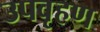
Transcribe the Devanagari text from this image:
उपवृहण